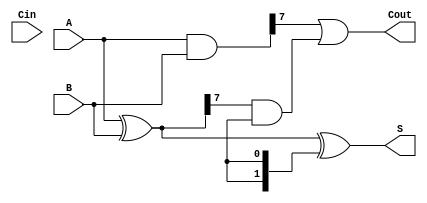
module KoggeStoneAdder #(parameter n = 8) (
    input  [n-1:0] A,    // First input
    input  [n-1:0] B,    // Second input
    input          Cin,   // Carry-in
    output [n-1:0] S,    // Sum output
    output         Cout    // Carry-out output
);

    // Generate and Propagate signals
    wire [n-1:0] G; // Generate
    wire [n-1:0] P; // Propagate
    wire [n:0] C;   // Carry

    // Level 0: Compute G and P
    assign G = A & B;
    assign P = A ^ B;

    // Level 1: Compute carries
    genvar i;
    generate
        for (i = 1; i < n; i = i * 2) begin : level1
            assign C[i] = G[i-1] | (P[i-1] & C[i-1]);
        end
    endgenerate

    // Level 2: Compute carries
    generate
        for (i = 2; i < n; i = i * 2) begin : level2
            assign C[i] = G[i-1] | (P[i-1] & C[i-1]);
        end
    endgenerate

    // Continue for higher levels until log(n)
    // This needs to be extended to log(n) levels
    // For simplicity, we will do this in a basic way
    
    // Final carry out
    assign Cout = G[n-1] | (P[n-1] & C[n-1]);

    // Level n: Final sum calculation
    assign S = P ^ {C[n-1], C[n-1:n-1]}; // Adjust for carry-in

endmodule